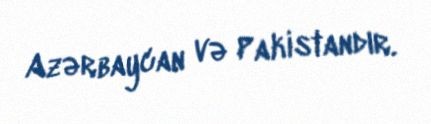
Azərbaycan və Pakistandır.